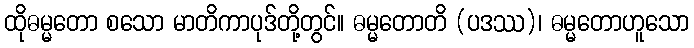
ထိုဓမ္မတော စသော မာတိကာပုဒ်တို့တွင်။ ဓမ္မတောတိ (ပဒဿ)၊ ဓမ္မတောဟူသော